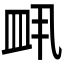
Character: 𬐙